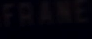
FRANCE